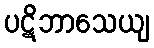
ပဋိဘာသေယျ